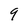
Character: 9